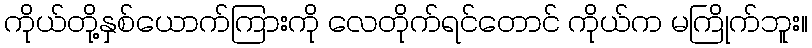
ကိုယ်တို့နှစ်ယောက်ကြားကို လေတိုက်ရင်တောင် ကိုယ်က မကြိုက်ဘူး။